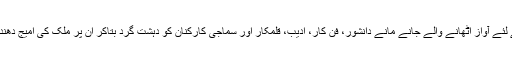
لیکن، آج سماج کے کمزور طبقوں کے لئے آواز اٹھانے والے جانے مانے دانشور، فن کار، ادیب، قلمکار اور سماجی کارکنان کو دہشت گرد بتاکر ان پر ملک کی امیج دھندلی کرنے کی تہمت لگائی جا رہی ہے۔